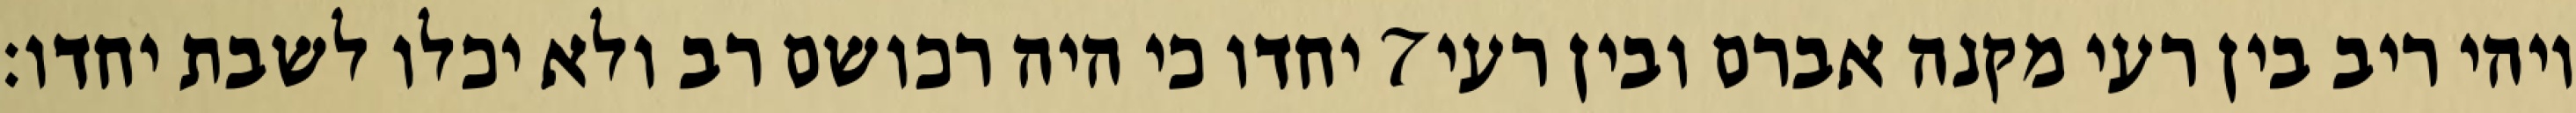
יחדו כי היה רכושם רב ולא יכלו לשבת יחדו׃ ‎7‏ ויהי ריב בין רעי מקנה אברם ובין רעי